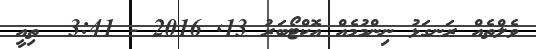
ވެލްތެއް ރަނގަޅު ނިންމުމެއް އޮކްޓޯބަރު 13